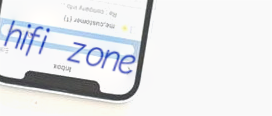
hifi zone